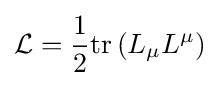
{\mathcal {L}}={\frac {1}{2}}\mathrm {tr} \left(L_{\mu }L^{\mu }\right)